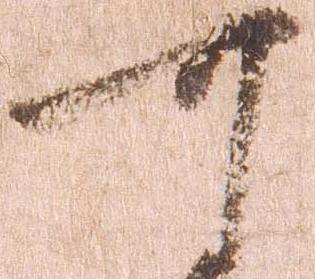
可